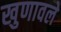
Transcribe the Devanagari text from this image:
खुणावले